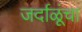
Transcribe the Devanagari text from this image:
जर्दाळूंचा